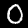
Digit: 0